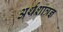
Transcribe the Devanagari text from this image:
अर्थशात्रज्ञ